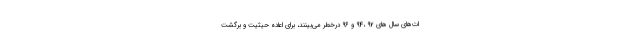
ات‌هاي سال هاي 92 ،94 و 96 درخطر مي‌بينند، براي اعاده حيثيت و برگشت